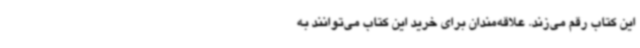
این کتاب رقم می‌زند. علاقه‌مندان برای خرید این کتاب می‌توانند به